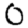
Digit: 0